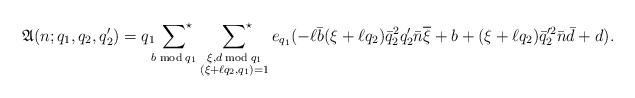
LaTeX: \begin{align*}\mathfrak{A}(n;q_1,q_2,q_2')=q_1\sideset{}{^\star}\sum_{b\bmod{q_1}}\;\sideset{}{^\star}\sum_{\substack{\xi,d\bmod{q_1}\\(\xi+\ell q_2,q_1)=1}}e_{q_1}(-\ell \bar{b}(\xi+\ell q_2)\bar{q}_2^2q_2'\bar{n}\overline{\xi}+b+(\xi+\ell q_2)\bar{q}_2'^2\bar{n}\bar{d}+d).\end{align*}